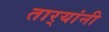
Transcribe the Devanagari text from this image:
तार्‍यांनी